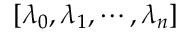
\left[ \lambda _ { 0 } , \lambda _ { 1 } , \cdots , \lambda _ { n } \right]